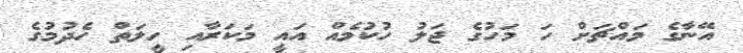
އޭނާގެ މައްޗަށް ހަ މަހުގެ ޖަލު ހުކުމެއް އައީ މަކަރާއި ހީލަތް ހެދުމުގެ